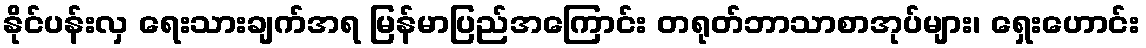
နိုင်ပန်းလှ ရေးသားချက်အရ မြန်မာပြည်အကြောင်း တရုတ်ဘာသာစာအုပ်များ၊ ရှေးဟောင်း